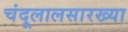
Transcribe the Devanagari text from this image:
चंदूलालसारख्या